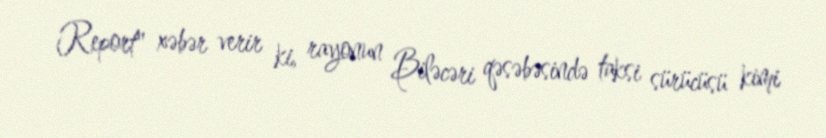
Report" xəbər verir ki, rayonun Biləcəri qəsəbəsində taksi sürücüsü kimi